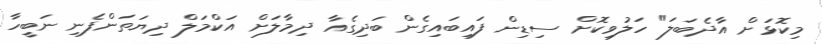
މިކޮޅަށް އާދެބަލަ" ހަލުވިކޮށް ސިޑިން ފައިބައިގެން ބަދިގެއާ ދިމާލަށް އަކްމަލް ދިޔަތަންފެނި ނަބީހާ